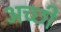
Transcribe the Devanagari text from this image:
अच्छी